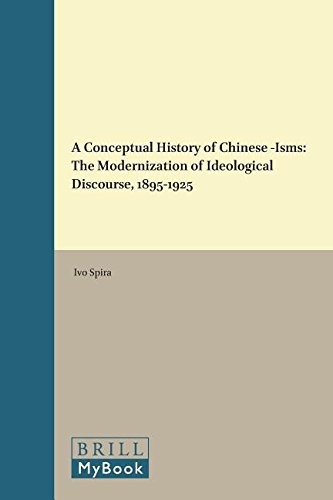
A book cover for A Conceptual History of Chinese -Isms: The Modernization of Ideological Discourse, 1895-1925 (Conceptual History and Chinese Linguistics); Ivo Spira; Reference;